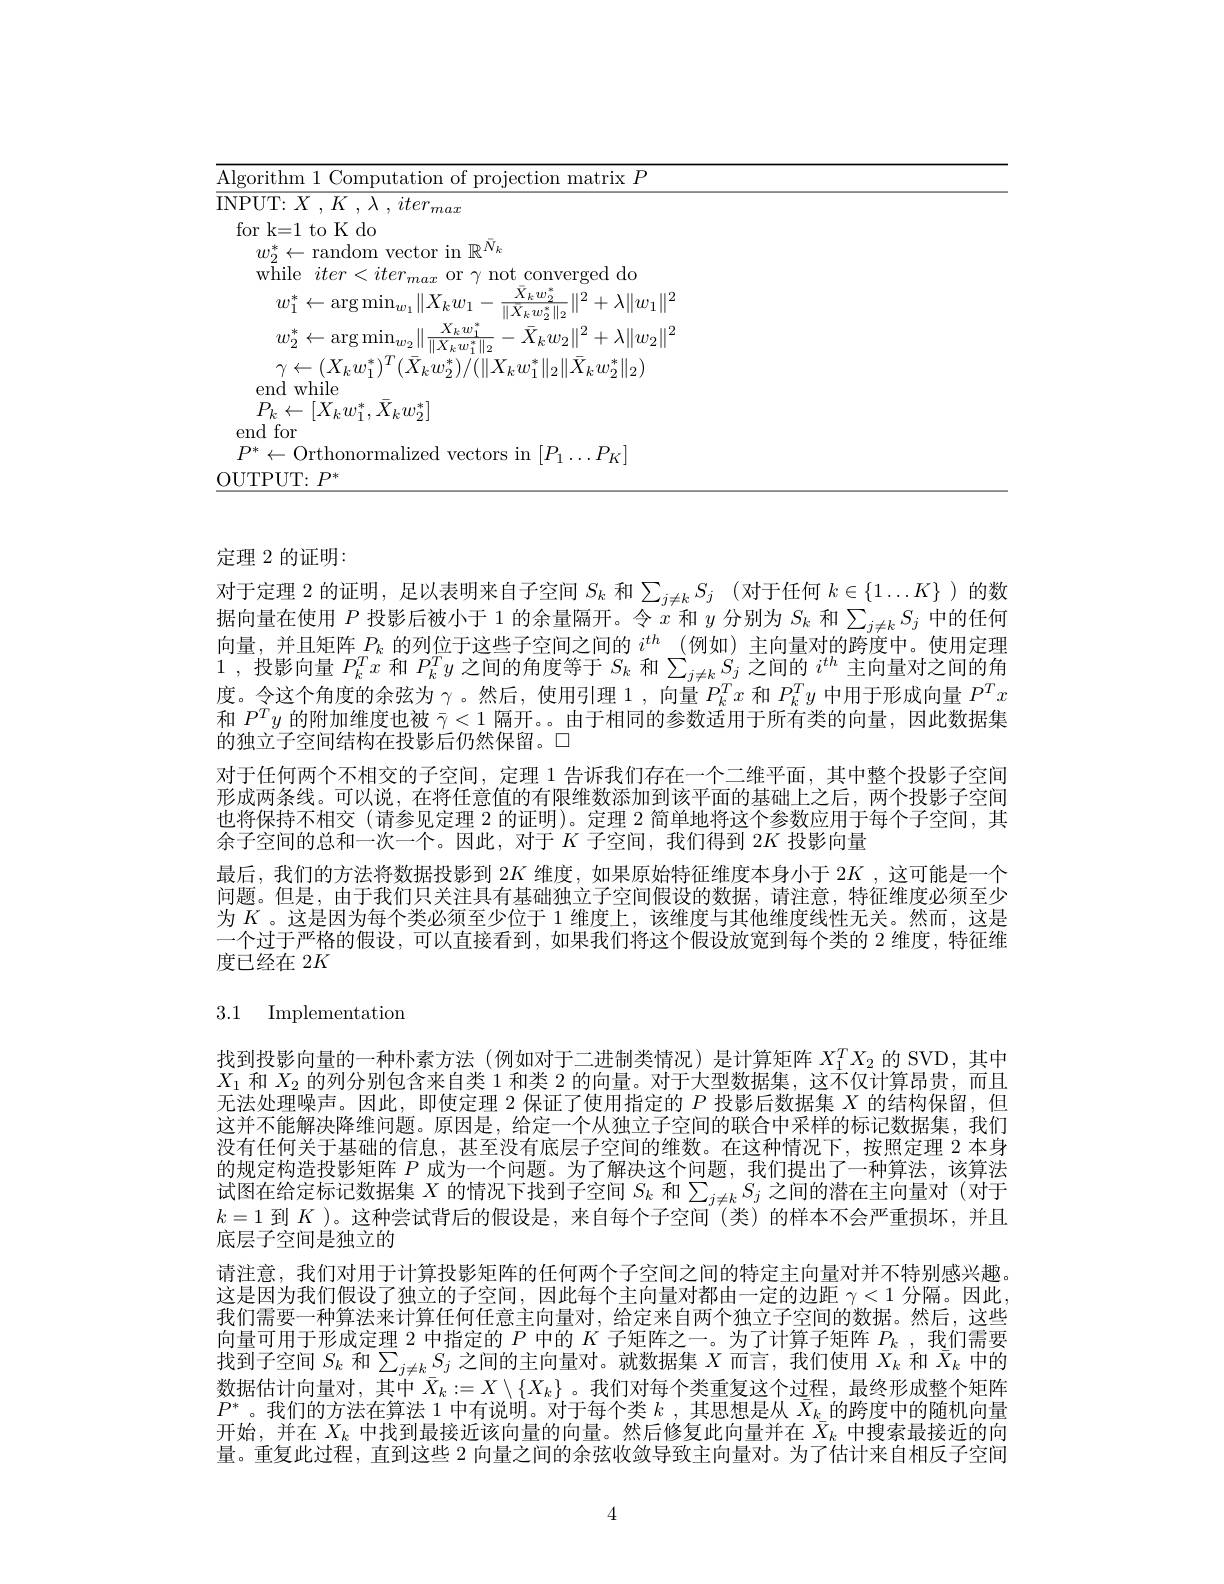
<table>
	<tbody>
		<tr>
			<th>A| gorithm 1 rolection matrix $P$</th>
			<th>$\overline{\mathrm{Alg}}$ $a_{1}=a_{1}$ 1</th>
			<th>rtion matrix$P$</th>
		</tr>
		<tr>
			<td>max</td>
			<td>$\overline{\mathrm{INI}}$</td>
			<td> </td>
		</tr>
		<tr>
			<td>for k=1 to K do</td>
			<td>fi</td>
			<td> </td>
		</tr>
		<tr>
			<td>$w_{2}^{*}\leftarrow$random vector in $\mathbb{R}^N_{k}$ $\mathrm{xrhil}_{o}$ $iter<$ ite $0r$ $\gamma$ not ${\mathrm{t~converged~do}}$</td>
			<td> </td>
			<td>117</td>
		</tr>
		<tr>
			<td>$\underline{\bar{X}}_kw_2^*$ $^{2}+\lambda\|w_{1}\|^{2}$ $w_{1}^{\prime}$ $\operatorname{argmm}_{n}$ $kw_{1}$ $\|2$</td>
			<td> </td>
			<td>$\underline{\bar{X}_kw_2^*}$ $\|\bar{X}_{k}w_{\mathrm{o}}^{*}\|.$ $-\|^{2}+\lambda\|w_{1}\|^{2}$</td>
		</tr>
		<tr>
			<td>$w_{2}^{*}\leftarrow\arg\min_{w_{2}}\|\frac{X_{k}w_{1}^{*}}{\|X_{k}w_{1}^{*}\|_{2}}$ $X_kw_1^*$ $\frac{1}{2}-\bar{X}_{k}w_{2}\|^{2}+\lambda\|w_{2}\|^{2}$</td>
			<td> </td>
			<td>$-\bar{X}_{k}w_{2}\|^{2}+\lambda\|w_{2}\|^{2}$</td>
		</tr>
		<tr>
			<td>$\gamma\leftarrow(X_{k}w_{1}^{*})^{T}(\bar{X}_{k}w_{2}^{*})/(\|X_{k}w_{1}^{*}\|_{2}\|\bar{X}_{k}w_{2}^{*}\|_{2})$ end while</td>
			<td> </td>
			<td>$K_{k}w_{1}^{*}\|_{2}\|\bar{X}_{k}w_{2}^{*}\|_{2})$</td>
		</tr>
		<tr>
			<td>$P_{k}\leftarrow[X_{k}w_{1}^{*},\bar{X}_{k}w_{2}^{*}]$</td>
			<td> </td>
			<td> </td>
		</tr>
		<tr>
			<td>end for</td>
			<td>e</td>
			<td> </td>
		</tr>
		<tr>
			<td>$\mu\nu$ -()rth $|P_{1}\ldots P_{K}$</td>
			<td>$I$ 1 1</td>
			<td>117 $P$ $\tau_{r}$</td>
		</tr>
		<tr>
			<td>$OUTPUT\cdot P^{*}$</td>
			<td>$OU$ 1 1 1 1</td>
			<td> </td>
		</tr>
	</tbody>
</table>

定理 2 的证明：

对于定理 2 的证明，足以表明来自子空间$S_k$和$\sum_{j\neq k}S_j$ (对于任何$k\in\{1\ldots K\}$ )的数据向量在使用$P$投影后被小于 1 的余量隔开。令$x$和$y$分别为$S_k$和$\sum_{j\neq k}S_j$中的任何向量，并且矩阵$P_k$的列位于这些子空间之间的$i^{th}$ (例如)主向量对的跨度中。使用定理1 , 投影向量 $P_k^Tx$ 和 $P_k^Ty$ 之间的角度等于 $S_k$ 和 $\sum _j\neq k^TS_j$ 之 间 的 $i^{th}$ 主向量对之间的角度。令这个角度的余弦为$\gamma$ 。然后，使用引理 1 ,向量$P_k^Tx$和$P_k^Ty$中用于形成向量$P^Tx$ 和$P^Ty$的附加维度也被$\bar{\gamma}<1$隔开。。由于相同的参数适用于所有类的向量，因此数据集的独立子空间结构在投影后仍然保留。口
对于任何两个不相交的子空间，定理 1 告诉我们存在一个二维平面，其中整个投影子空间形成两条线。可以说，在将任意值的有限维数添加到该平面的基础上之后，两个投影子空间也将保持不相交 (请参见定理 2 的证明)。定理 2 简单地将这个参数应用于每个子空间，其余子空间的总和一次一个。因此，对于$K$子空间，我们得到 2$K$投影向量
最后，我们的方法将数据投影到$2K$维度，如果原始特征维度本身小于$2K$ ,这可能是一个问题。但是，由于我们只关注具有基础独立子空间假设的数据，请注意，特征维度必须至少为$K$ 。这是因为每个类必须至少位于 1 维度上，该维度与其他维度线性无关。然而，这是一个过于严格的假设，可以直接看到，如果我们将这个假设放宽到每个类的 2 维度，特征维度已经在 2$K$

## 3.1 Implementation

找到投影向量的一种朴素方法 (例如对于二进制类情况)是计算矩阵$X_1^TX_2$的 SVD,其中$X_1$和$X_2$的列分别包含来自类 1 和类 2 的向量。对于大型数据集，这不仅计算昂贵，而且无法处理噪声。因此，即使定理 2 保证了使用指定的$P$投影后数据集$X$的结构保留，但这并不能解决降维问题。原因是，给定一个从独立子空间的联合中采样的标记数据集，我们没有任何关于基础的信息，甚至没有底层子空间的维数。在这种情况下，按照定理 2 本身的规定构造投影矩阵$P$成为一个问题。为了解决这个问题，我们提出了一种算法，该算法试图在给定标记数据集$X$的情况下找到子空间$S_k$和$\sum_{j\neq k}S_j$之间的潜在主向量对(对于$k=1$到$K$ )。这种尝试背后的假设是，来自每个子空间 (类)的样本不会严重损坏，并且底层子空间是独立的
请注意，我们对用于计算投影矩阵的任何两个子空间之间的特定主向量对并不特别感兴趣。这是因为我们假设了独立的子空间，因此每个主向量对都由一定的边距$\gamma<1$分隔。因此我们需要一种算法来计算任何任意主向量对，给定来自两个独立子空间的数据。然后，这些向量可用于形成定理2中指定的$P$中的$K$子矩阵之一。为了计算子矩阵$P_k$ ,我们需要找到子空间$S_k$和$\sum_j\neq kS_j$之间的主向量对。就数据集$X$而言，我们使用$X_k$和$\bar{X}_k$中的数据估计向量对，其中$\bar{X}_k:=X\setminus\{X_k\}$。我们对每个类重复这个过程，最终形成整个矩阵$P^*$。我们的方法在算法 1 中有说明。对于每个类$k$ , 其 思 想 是 从 $\bar{X} _k$的跨度中的随机向量开始，并在$X_k$中找到最接近该向量的向量。然后修复此向量并在$\bar{X}_k$中搜索最接近的向量。重复此过程，直到这些2向量之间的余弦收敛导致主向量对。为了估计来自相反子空间

4